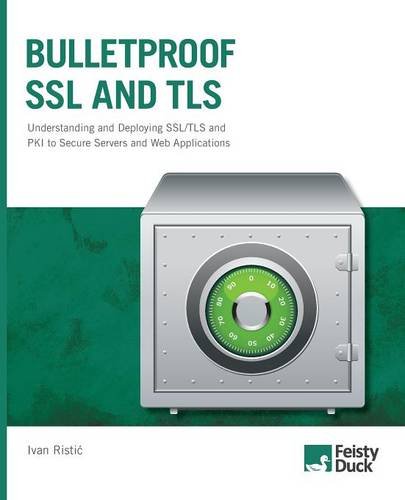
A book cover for Bulletproof SSL and TLS: Understanding and Deploying SSL/TLS and PKI to Secure Servers and Web Applications; Ivan Ristic; Computers & Technology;